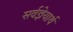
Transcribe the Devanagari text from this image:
सर्वज्ञेयार्थ